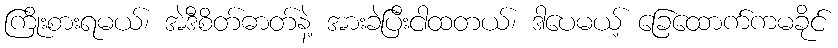
ကြိုးစားရမယ်၊ အဲဒီစိတ်ဓာတ်နဲ့ အားခဲပြီးငါထတယ်၊ ဒါပေမယ့် ခြေထောက်ကမခိုင်